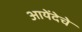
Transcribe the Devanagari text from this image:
आयेंदेचे